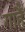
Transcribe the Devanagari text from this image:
गाहैं